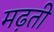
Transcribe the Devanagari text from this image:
मढ़ती